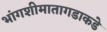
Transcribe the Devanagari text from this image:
भांगशीमातागडाकडे